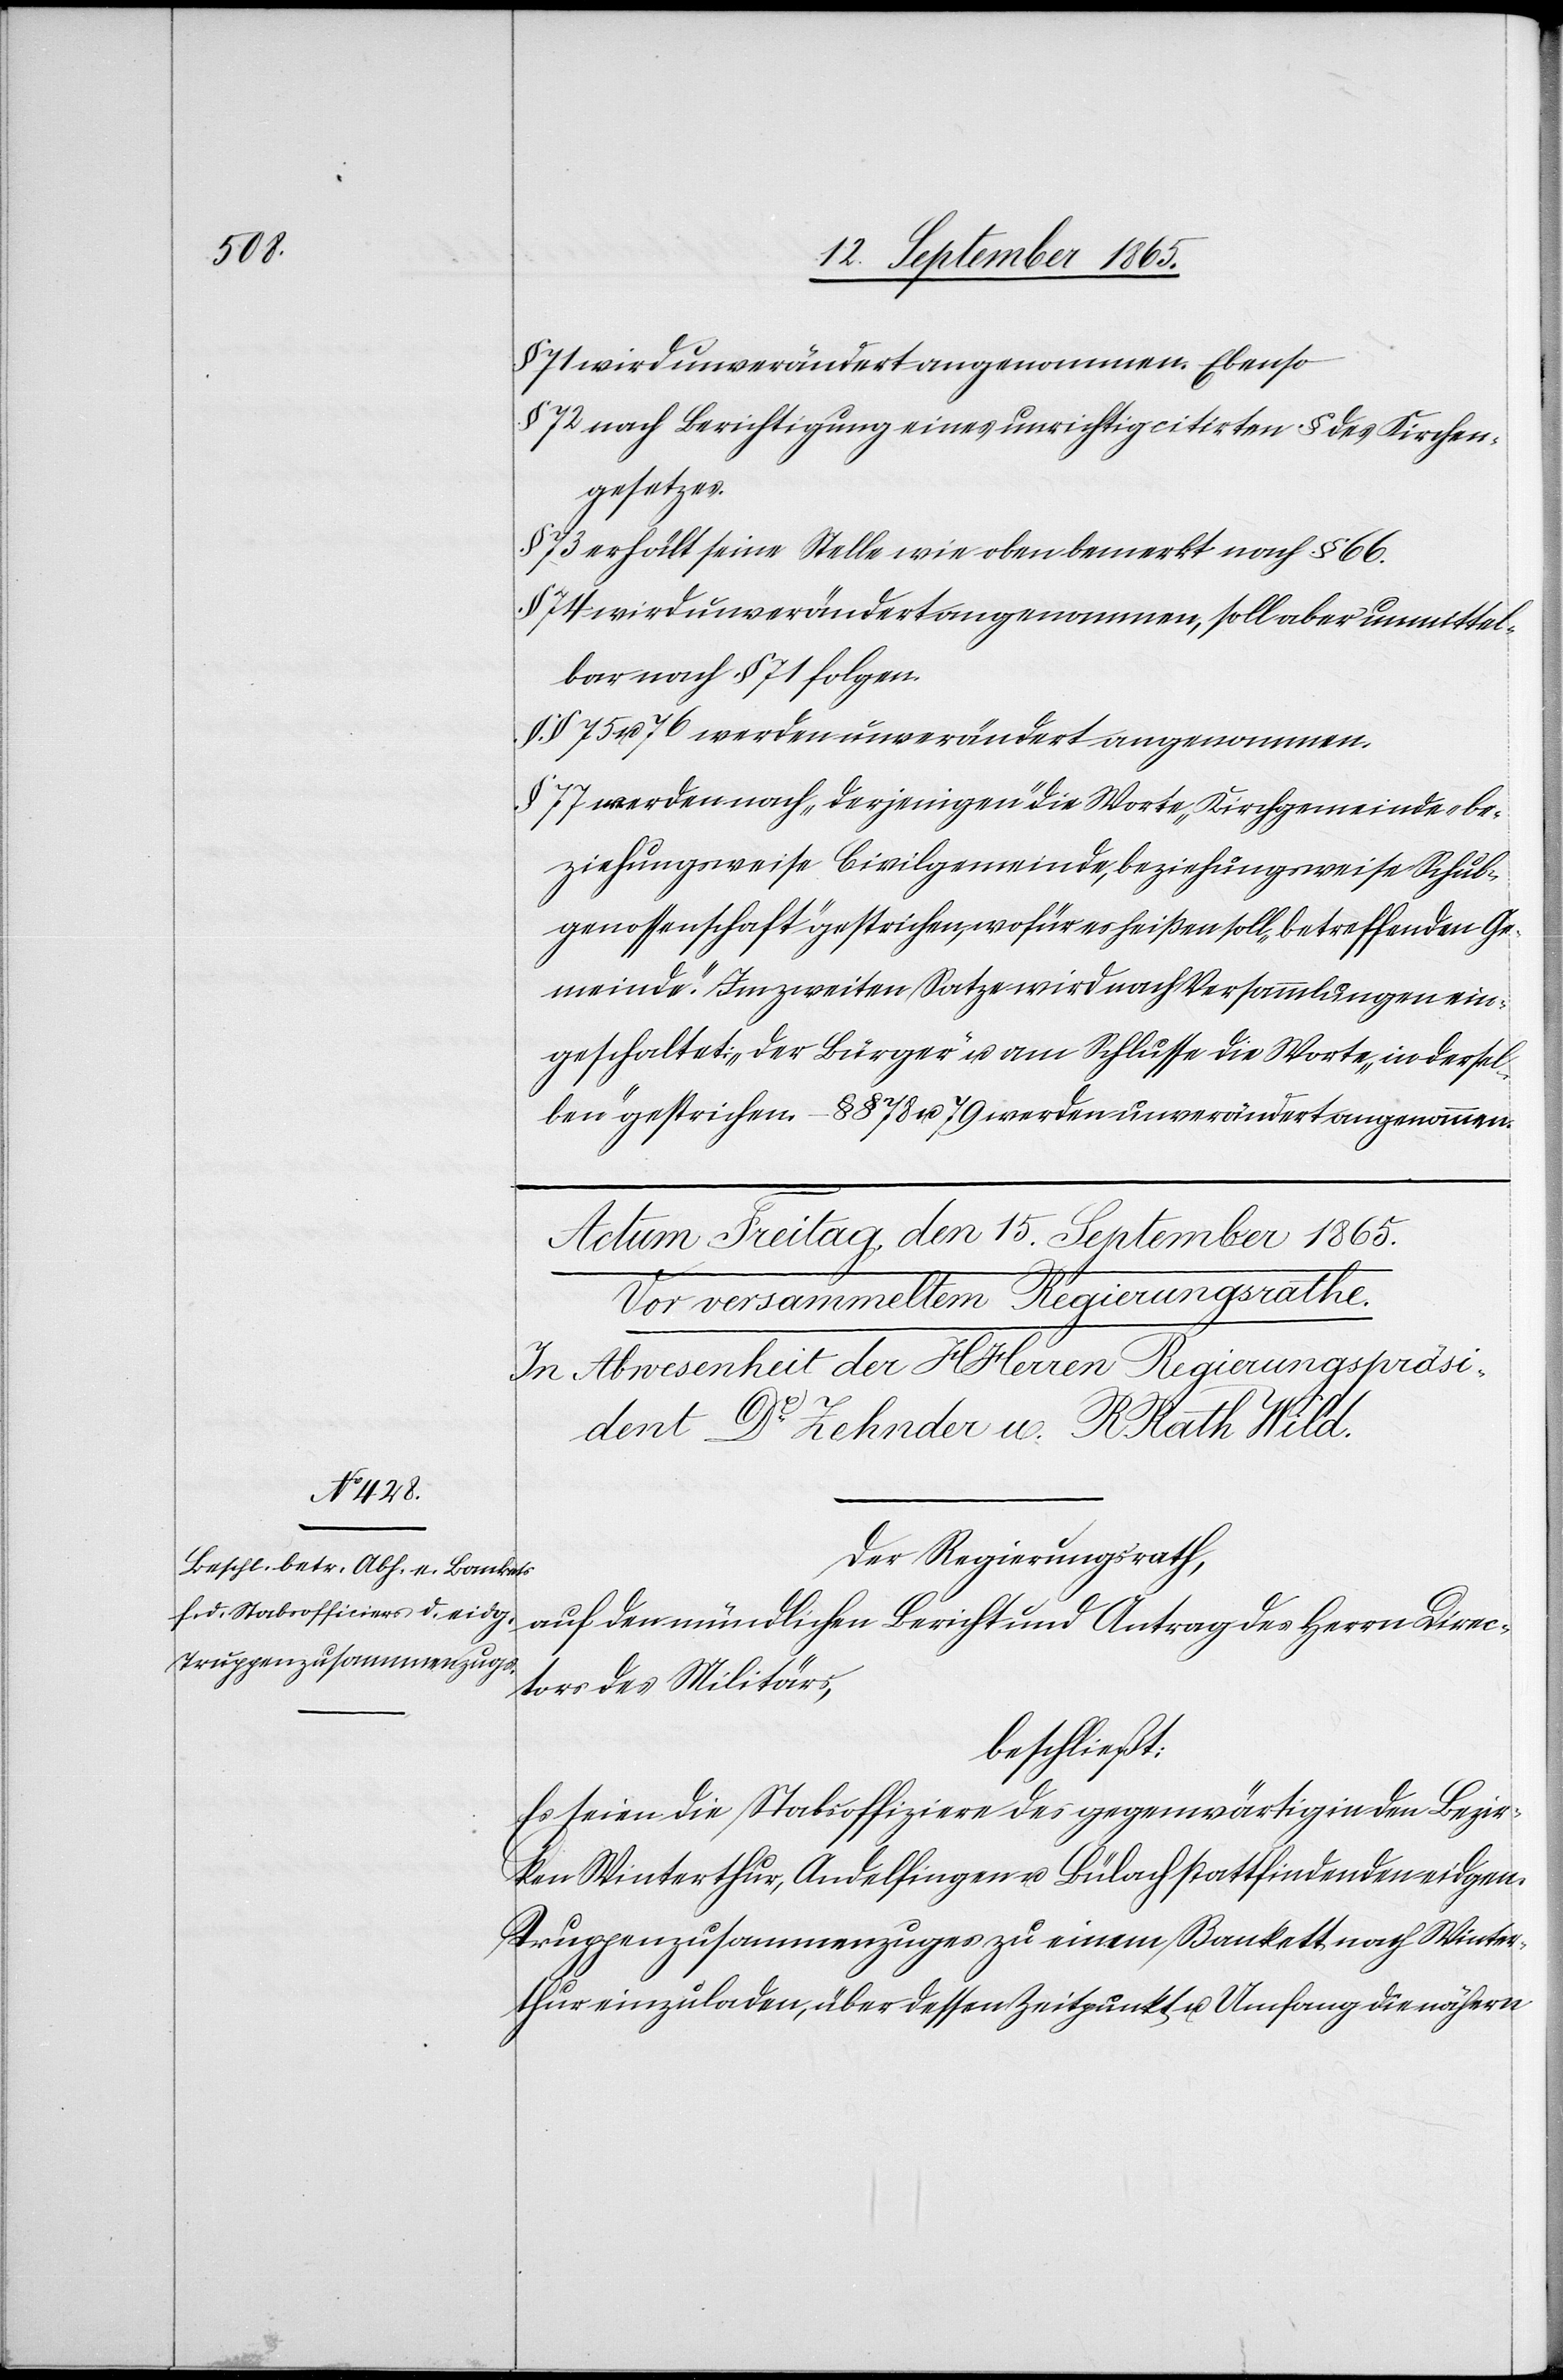
§ 71 wird unverändert angenommen. Ebenso
§ 72 nach Berichtigung eines unrichtig citirten § des Kirchen¬
gesetzes.
§ 73 erhält seine Stelle wie oben bemerkt nach § 66.
74 wird unverändert angenommen, soll aber unmittel¬
bar nach § 71 folgen.
§ § 78 u. 79 werden unverändert angenommen.
§ 77 werden nach „derjenigen“ die Worte „Kirchgemeinde- be¬
ziehungsweise Civilgemeinde, beziehungsweise Schul¬
genossenschaft“ gestrichen, wofür es heißen soll „betreffenden Ge¬
meinde“. Im zweiten Satze wird nach Versammlungen ein¬
geschaltet: „der Bürger“ u. am Schlusse die Worte „in dersel¬
Der Regierungsrath,
auf den mündlichen Bericht und Antrag des Herrn Direc¬
tors des Militärs,
beschließt:
Es seien die Stabsoffiziere des gegenwärtig in den Bezir¬
ken Winterthur, Andelfingen u. Bülach stattfindenden eidgen.
Truppenzusammenzuges zu einem Bankett nach Winter¬
thur einzuladen, über dessen Zeitpunkt u. Umfang die nähern